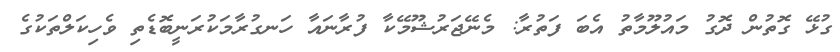
ގުޅޭ ގޮތުން ދޮގު މައުލޫމާތު އެބަ ފަތުރާ: މެނޭޖަރުޝޫމޭކާ ފުރާނައާ ހަނގުރާމަކުރަނީބޮޑެތި ވެހިކަލްތަކުގެ